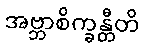
အဗ္ဘာစိက္ခန္တီတိ